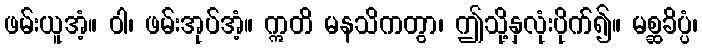
ဖမ်းယူအံ့။ ဝါ၊ ဖမ်းအုပ်အံ့။ ဣတိ မနသိကတွာ၊ ဤသို့နှလုံးပိုက်၍။ မစ္ဆခိပ္ပံ၊